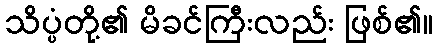
သိပ္ပံတို့၏ မိခင်ကြီးလည်း ဖြစ်၏။